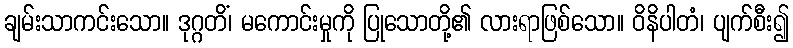
ချမ်းသာကင်းသော။ ဒုဂ္ဂတိံ၊ မကောင်းမှုကို ပြုသောတို့၏ လားရာဖြစ်သော။ ဝိနိပါတံ၊ ပျက်စီး၍